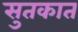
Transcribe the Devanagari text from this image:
सुतकात